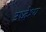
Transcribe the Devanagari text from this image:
उध्देश्य